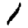
Digit: 1